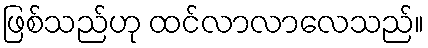
ဖြစ်သည်ဟု ထင်လာလာလေသည်။